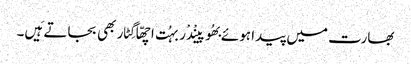
بھارت میں پیدا ہوئے بھُوپینْدْر بہُت اچھّا گِٹار بھی بجاتے ہَیں۔